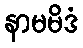
နာမမိဒံ